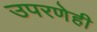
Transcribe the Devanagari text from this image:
उपरणेही